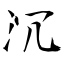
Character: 沉